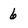
Character: 6